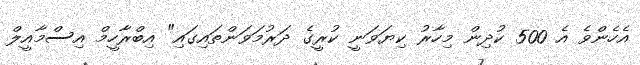
އެހެންވެ އެ 500 ކުދިން މިހާރު ކިޔަވަނީ ކުރީގެ ދަރުމަވަންތައިގައި" އިބްރާހީމް އިސްމާއީލް